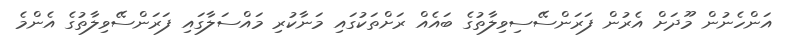
އަންހެނުން މޫދަށް އެރުން ފަރަންސޭސިވިލާތުގެ ބައެއް ރަށްތަކުގައި މަނާކުރި މައްސަލާގައި ފަރަންސޭވިލާތުގެ އެންމެ